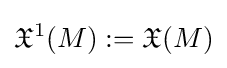
{\mathfrak {X}}^{1}(M):={\mathfrak {X}}(M)